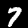
Digit: 7